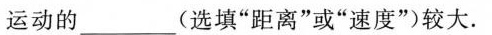
运动的 ___ (选填”距离”或”速度”)较大.